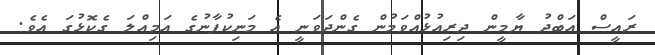
ރައީސް އަބްދު ޔާމީން ދިރިއުޅުއްވަމުން ގެންދަވަނީ އެ މަނިކުފާނުގެ އަމިއްލަ ގެކޮޅުގަ އެވެ.